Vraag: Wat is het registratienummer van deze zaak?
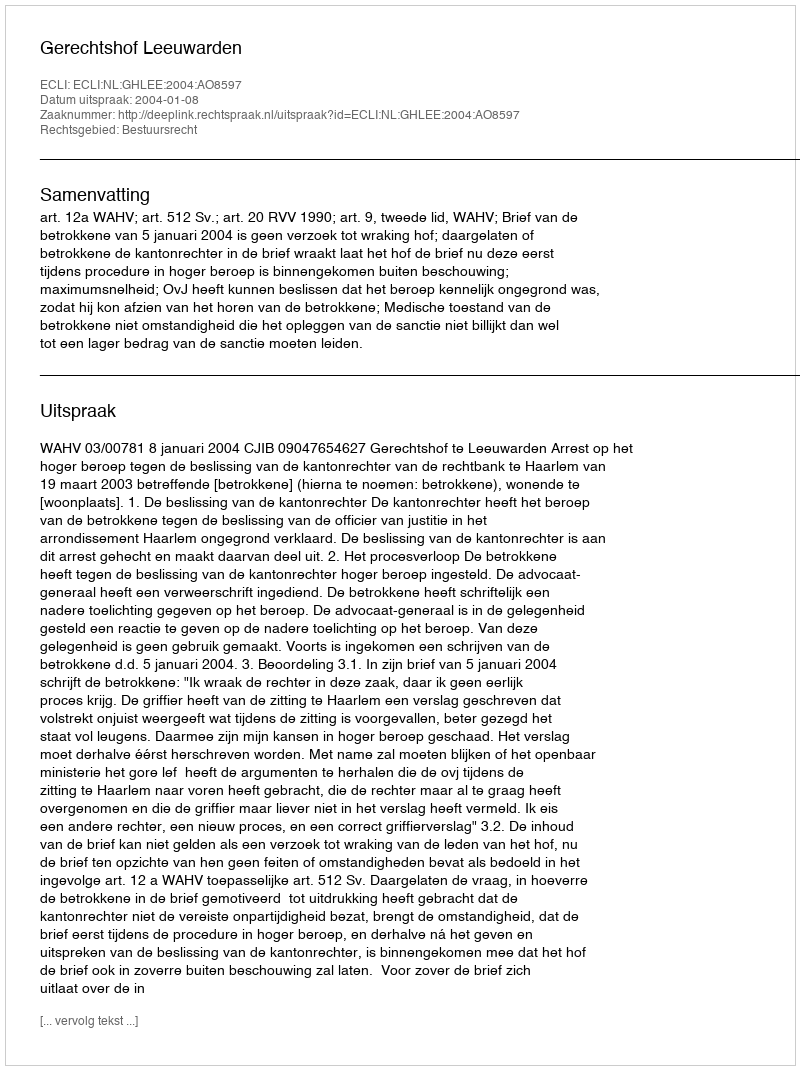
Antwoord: http://deeplink.rechtspraak.nl/uitspraak?id=ECLI:NL:GHLEE:2004:AO8597